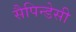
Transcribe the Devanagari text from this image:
सैपिन्डेसी